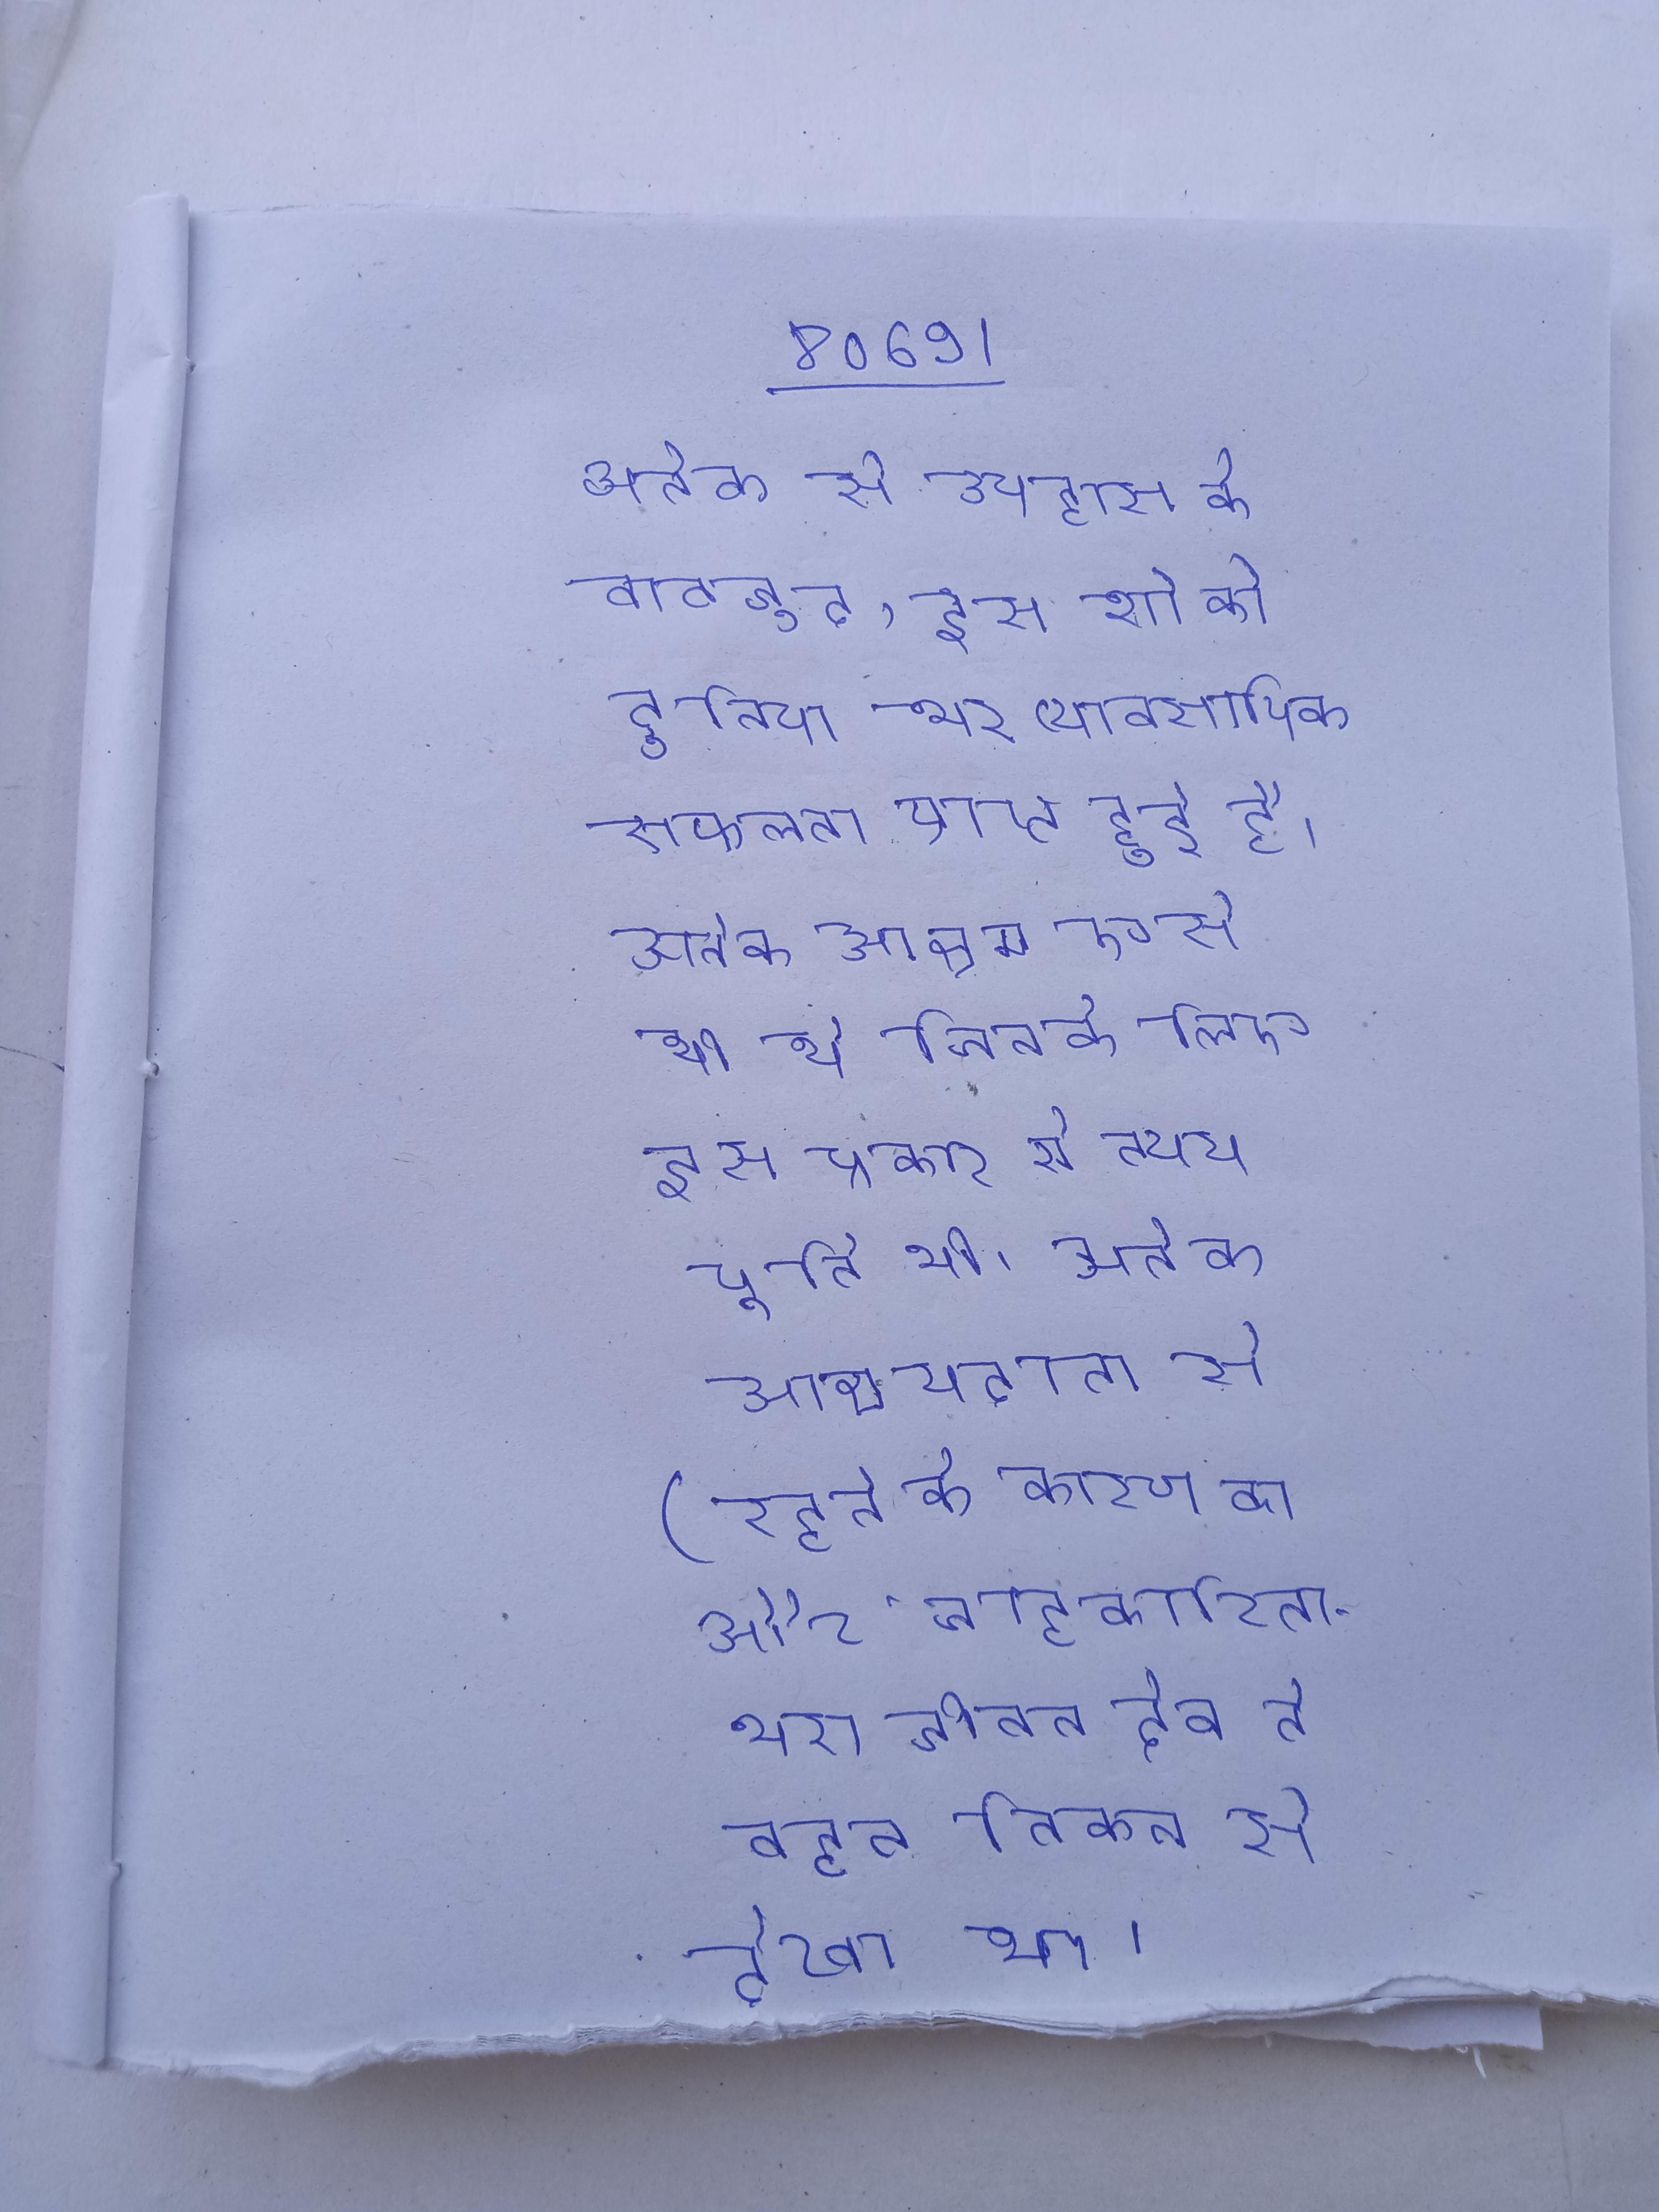
अनेक से उपहास के बावजूद, इस शो को दुनिया भर व्यावसायिक सफलता प्राप्त हुई है । अनेक आश्रम ऐसे भी थे जिनके लिए इस प्रकार से व्यय पूर्ति थी । अनेक आश्रयदाता से (रहने के कारण का और चाटुकारिता-भरा जीवन देव ने बहुत निकट से देखा था ।